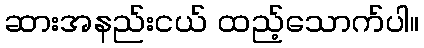
ဆားအနည်းငယ် ထည့်သောက်ပါ။